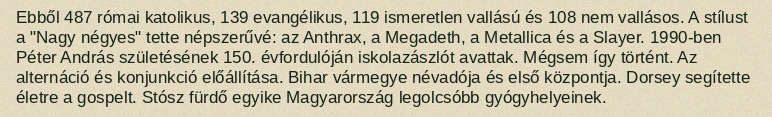
Ebből 487 római katolikus, 139 evangélikus, 119 ismeretlen vallású és 108 nem vallásos. A stílust a "Nagy négyes" tette népszerűvé: az Anthrax, a Megadeth, a Metallica és a Slayer. 1990-ben Péter András születésének 150. évfordulóján iskolazászlót avattak. Mégsem így történt. Az alternáció és konjunkció előállítása. Bihar vármegye névadója és első központja. Dorsey segítette életre a gospelt. Stósz fürdő egyike Magyarország legolcsóbb gyógyhelyeinek.